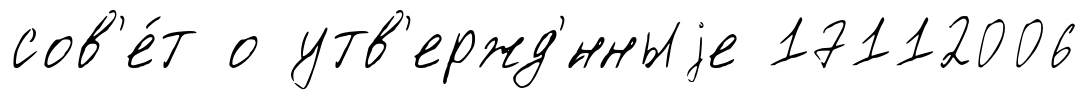
сов'е́т о утв'ержд'́нныjе 17112006